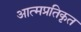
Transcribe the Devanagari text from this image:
आत्मप्रतिकृत